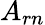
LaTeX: A_{rn}